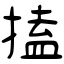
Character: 搕